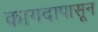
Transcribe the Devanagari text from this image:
कागदापासून